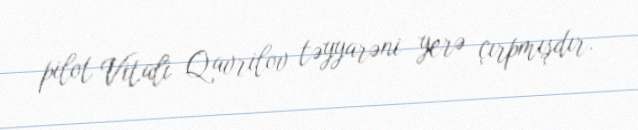
pilot Vitali Qavrilov təyyarəni yerə çırpmışdır.